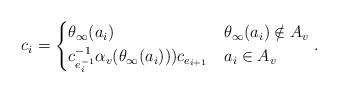
LaTeX: \begin{align*} c_i=\begin{cases} \theta_\infty(a_i) & \theta_\infty(a_i) \notin A_v \\ c_{e_i^{-1}}^{-1}\alpha_v(\theta_\infty(a_i)))c_{e_{i+1}} & a_i \in A_v \end{cases}. \end{align*}